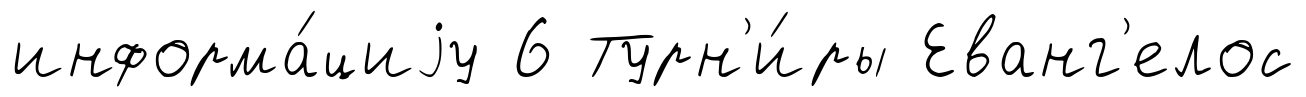
информа́циjу 6 Турн'и́ры Еванг'елос